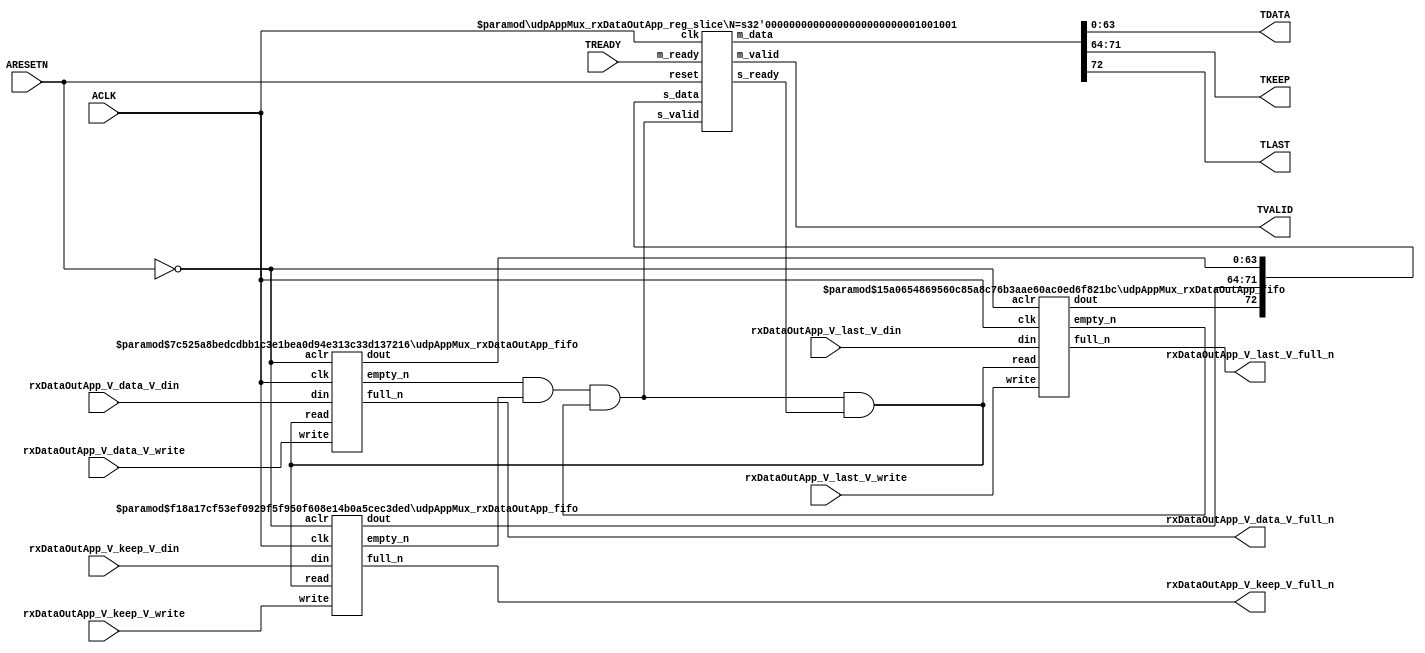
// ==============================================================
// File generated by Vivado(TM) HLS - High-Level Synthesis from C, C++ and SystemC
// Version: 2015.1
// Copyright (C) 2015 Xilinx Inc. All rights reserved.
// 
// ==============================================================


`timescale 1ns/1ps

module udpAppMux_rxDataOutApp_if (
    // AXI4-Stream singals
    input  wire        ACLK,
    input  wire        ARESETN,
    output wire        TVALID,
    input  wire        TREADY,
    output wire [63:0] TDATA,
    output wire [7:0]  TKEEP,
    output wire [0:0]  TLAST,
    // User signals
    input  wire [63:0] rxDataOutApp_V_data_V_din,
    output wire        rxDataOutApp_V_data_V_full_n,
    input  wire        rxDataOutApp_V_data_V_write,
    input  wire [7:0]  rxDataOutApp_V_keep_V_din,
    output wire        rxDataOutApp_V_keep_V_full_n,
    input  wire        rxDataOutApp_V_keep_V_write,
    input  wire [0:0]  rxDataOutApp_V_last_V_din,
    output wire        rxDataOutApp_V_last_V_full_n,
    input  wire        rxDataOutApp_V_last_V_write
);
//------------------------Local signal-------------------
// FIFO
wire [0:0]  fifo_read;
wire [0:0]  fifo_empty_n;
wire [63:0] rxDataOutApp_V_data_V_dout;
wire [0:0]  rxDataOutApp_V_data_V_empty_n;
wire [7:0]  rxDataOutApp_V_keep_V_dout;
wire [0:0]  rxDataOutApp_V_keep_V_empty_n;
wire [0:0]  rxDataOutApp_V_last_V_dout;
wire [0:0]  rxDataOutApp_V_last_V_empty_n;
// register slice
wire [0:0]  s_valid;
wire [0:0]  s_ready;
wire [72:0] s_data;
wire [0:0]  m_valid;
wire [0:0]  m_ready;
wire [72:0] m_data;

//------------------------Instantiation------------------
// rs
udpAppMux_rxDataOutApp_reg_slice #(
    .N       ( 73 )
) rs (
    .clk     ( ACLK ),
    .reset   ( ARESETN ),
    .s_data  ( s_data ),
    .s_valid ( s_valid ),
    .s_ready ( s_ready ),
    .m_data  ( m_data ),
    .m_valid ( m_valid ),
    .m_ready ( m_ready )
);

// rxDataOutApp_V_data_V_fifo
udpAppMux_rxDataOutApp_fifo #(
    .DATA_BITS  ( 64 ),
    .DEPTH_BITS ( 4 )
) rxDataOutApp_V_data_V_fifo (
    .clk        ( ACLK ),
    .aclr       ( ~ARESETN ),
    .empty_n    ( rxDataOutApp_V_data_V_empty_n ),
    .full_n     ( rxDataOutApp_V_data_V_full_n ),
    .read       ( fifo_read ),
    .write      ( rxDataOutApp_V_data_V_write ),
    .dout       ( rxDataOutApp_V_data_V_dout ),
    .din        ( rxDataOutApp_V_data_V_din )
);

// rxDataOutApp_V_keep_V_fifo
udpAppMux_rxDataOutApp_fifo #(
    .DATA_BITS  ( 8 ),
    .DEPTH_BITS ( 4 )
) rxDataOutApp_V_keep_V_fifo (
    .clk        ( ACLK ),
    .aclr       ( ~ARESETN ),
    .empty_n    ( rxDataOutApp_V_keep_V_empty_n ),
    .full_n     ( rxDataOutApp_V_keep_V_full_n ),
    .read       ( fifo_read ),
    .write      ( rxDataOutApp_V_keep_V_write ),
    .dout       ( rxDataOutApp_V_keep_V_dout ),
    .din        ( rxDataOutApp_V_keep_V_din )
);

// rxDataOutApp_V_last_V_fifo
udpAppMux_rxDataOutApp_fifo #(
    .DATA_BITS  ( 1 ),
    .DEPTH_BITS ( 4 )
) rxDataOutApp_V_last_V_fifo (
    .clk        ( ACLK ),
    .aclr       ( ~ARESETN ),
    .empty_n    ( rxDataOutApp_V_last_V_empty_n ),
    .full_n     ( rxDataOutApp_V_last_V_full_n ),
    .read       ( fifo_read ),
    .write      ( rxDataOutApp_V_last_V_write ),
    .dout       ( rxDataOutApp_V_last_V_dout ),
    .din        ( rxDataOutApp_V_last_V_din )
);

//------------------------Body---------------------------
//++++++++++++++++++++++++AXI4-Stream++++++++++++++++++++
assign TVALID = m_valid;
assign TDATA  = m_data[63:0];
assign TKEEP  = m_data[71:64];
assign TLAST  = m_data[72:72];

//+++++++++++++++++++++++++++++++++++++++++++++++++++++++

//++++++++++++++++++++++++Reigister Slice++++++++++++++++
assign s_valid = fifo_empty_n;
assign m_ready = TREADY;
assign s_data  = {rxDataOutApp_V_last_V_dout, rxDataOutApp_V_keep_V_dout, rxDataOutApp_V_data_V_dout};

//+++++++++++++++++++++++++++++++++++++++++++++++++++++++

//++++++++++++++++++++++++FIFO+++++++++++++++++++++++++++
assign fifo_read    = fifo_empty_n & s_ready;
assign fifo_empty_n = rxDataOutApp_V_data_V_empty_n & rxDataOutApp_V_keep_V_empty_n & rxDataOutApp_V_last_V_empty_n;

//+++++++++++++++++++++++++++++++++++++++++++++++++++++++

endmodule



`timescale 1ns/1ps

module udpAppMux_rxDataOutApp_fifo
#(parameter
    DATA_BITS  = 8,
    DEPTH_BITS = 4
)(
    input  wire                 clk,
    input  wire                 aclr,
    output wire                 empty_n,
    output wire                 full_n,
    input  wire                 read,
    input  wire                 write,
    output wire [DATA_BITS-1:0] dout,
    input  wire [DATA_BITS-1:0] din
);
//------------------------Parameter----------------------
localparam
    DEPTH = 1 << DEPTH_BITS;
//------------------------Local signal-------------------
reg                   empty;
reg                   full;
reg  [DEPTH_BITS-1:0] index;
reg  [DATA_BITS-1:0]  mem[0:DEPTH-1];
//------------------------Body---------------------------
assign empty_n = ~empty;
assign full_n  = ~full;
assign dout    = mem[index];

// empty
always @(posedge clk or posedge aclr) begin
    if (aclr)
        empty <= 1'b1;
    else if (empty & write & ~read)
        empty <= 1'b0;
    else if (~empty & ~write & read & (index==1'b0))
        empty <= 1'b1;
end

// full
always @(posedge clk or posedge aclr) begin
    if (aclr)
        full <= 1'b0;
    else if (full & read & ~write)
        full <= 1'b0;
    else if (~full & ~read & write & (index==DEPTH-2'd2))
        full <= 1'b1;
end

// index
always @(posedge clk or posedge aclr) begin
    if (aclr)
        index <= {DEPTH_BITS{1'b1}};
    else if (~empty & ~write & read)
        index <= index - 1'b1;
    else if (~full & ~read & write)
        index <= index + 1'b1;
end

// mem
always @(posedge clk) begin
    if (~full & write) mem[0] <= din;
end

genvar i;
generate
    for (i = 1; i < DEPTH; i = i + 1) begin : gen_sr
        always @(posedge clk) begin
            if (~full & write) mem[i] <= mem[i-1];
        end
    end
endgenerate

endmodule

`timescale 1ns/1ps

module udpAppMux_rxDataOutApp_reg_slice
#(parameter
    N = 8   // data width
) (
    // system signals
    input  wire         clk,
    input  wire         reset,
    // slave side
    input  wire [N-1:0] s_data,
    input  wire         s_valid,
    output wire         s_ready,
    // master side
    output wire [N-1:0] m_data,
    output wire         m_valid,
    input  wire         m_ready
);
//------------------------Parameter----------------------
// state
localparam [1:0]
    ZERO = 2'b10,
    ONE  = 2'b11,
    TWO  = 2'b01;
//------------------------Local signal-------------------
reg  [N-1:0] data_p1;
reg  [N-1:0] data_p2;
wire         load_p1;
wire         load_p2;
wire         load_p1_from_p2;
reg          s_ready_t;
reg  [1:0]   state;
reg  [1:0]   next;
//------------------------Body---------------------------
assign s_ready = s_ready_t;
assign m_data  = data_p1;
assign m_valid = state[0];

assign load_p1 = (state == ZERO && s_valid) ||
                 (state == ONE && s_valid && m_ready) ||
                 (state == TWO && m_ready);
assign load_p2 = s_valid & s_ready;
assign load_p1_from_p2 = (state == TWO);

// data_p1
always @(posedge clk) begin
    if (load_p1) begin
        if (load_p1_from_p2)
            data_p1 <= data_p2;
        else
            data_p1 <= s_data;
    end
end

// data_p2
always @(posedge clk) begin
    if (load_p2) data_p2 <= s_data;
end

// s_ready_t
always @(posedge clk) begin
    if (~reset)
        s_ready_t <= 1'b0;
    else if (state == ZERO)
        s_ready_t <= 1'b1;
    else if (state == ONE && next == TWO)
        s_ready_t <= 1'b0;
    else if (state == TWO && next == ONE)
        s_ready_t <= 1'b1;
end

// state
always @(posedge clk) begin
    if (~reset)
        state <= ZERO;
    else
        state <= next;
end

// next
always @(*) begin
    case (state)
        ZERO:
            if (s_valid & s_ready)
                next = ONE;
            else
                next = ZERO;
        ONE:
            if (~s_valid & m_ready)
                next = ZERO;
            else if (s_valid & ~m_ready)
                next = TWO;
            else
                next = ONE;
        TWO:
            if (m_ready)
                next = ONE;
            else
                next = TWO;
        default:
            next = ZERO;
    endcase
end

endmodule